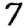
Digit: 7